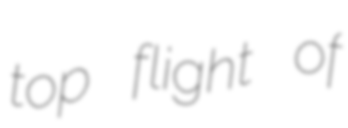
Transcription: top flight of